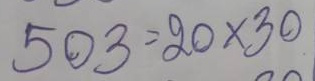
503 = 20 x 30